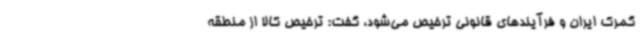
گمرک ایران و فرآیندهای قانونی ترخیص می‌شود، گفت: ترخیص کالا از منطقه